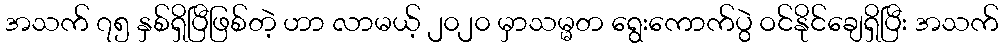
အသက် ၇၅ နှစ်ရှိပြီဖြစ်တဲ့ ဟာ လာမယ့် ၂၀၂၀ မှာသမ္မတ ရွေးကောက်ပွဲ ဝင်နိုင်ချေရှိပြီး အသက်